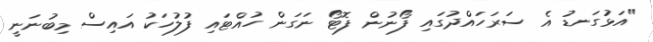
"އަޅުގަނޑު އެ ސަރަހައްދުގައި ފޯނުން ފޮޓޯ ނަގަން ހުއްޓައި ފުލުހަކު އައިސް މިބުނަނީ